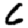
Digit: 6